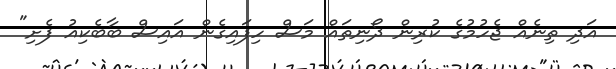
އަދި ތިނެއް ޖެހުމުގެ ކުރިން ދޯނިތައް މަސް ހިފައިގެން އައިސް ބާބެކިއު ފެށި"